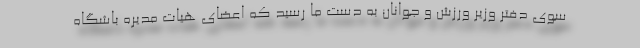
سوی دفتر وزیر ورزش و جوانان به دست ما رسید که اعضای هیات مدیره باشگاه